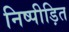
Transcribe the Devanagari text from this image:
निष्पीड़ित